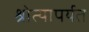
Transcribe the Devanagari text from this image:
श्रोत्यापर्यत